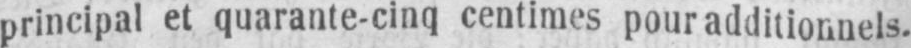
principal et quarante-cinq centimes pour additionnels.